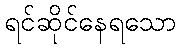
ရင်ဆိုင်နေရသော